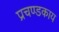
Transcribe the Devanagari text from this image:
प्रचण्डकाय